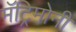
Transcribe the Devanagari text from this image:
मॅट्रिमोनी